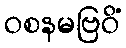
ဝစနမဗြဝိံ